system: You are a helpful assistant.
user:
Analyze the provided spectrum to determine if it is a **"Cataclysmic Variables (CV)"**.

- **Key Indicators for CV (Check for either state):**
    - **State 1: Quiescent / Low-State (Emission-Dominated)**
        - **(Primary):** Strong and *very broad* Hydrogen Balmer emission lines (e.g., $H\alpha$ at 6563 Å, $H\beta$ at 4861 Å). The 'broadness' (high velocity dispersion, often FWHM > 1000 km/s) is the key diagnostic, indicating a high-velocity accretion disk.
        - **(Secondary):** Broad neutral Helium (He I) emission lines (e.g., 5876 Å, 6678 Å).
        - **(Key Confirmation):** Presence of high-excitation *ionized* Helium (He II) emission at 4686 Å. This is a strong indicator of accretion onto a white dwarf.
        - **(Line Profile):** Emission lines may exhibit a 'double-peaked' profile, which is a classic signature of a rotating accretion disk viewed at high inclination.

    - **State 2: Outburst / High-State (Absorption-Dominated)**
        - **(Primary):** Spectrum is dominated by a bright, blue continuum (looks like a hot star).
        - **(Secondary):** The emission lines from State 1 are weak, absent, or 'filled in', and are replaced by broad, shallow *absorption* lines (primarily Balmer and He I).
        - **(Morphology):** The overall spectrum mimics a hot B/A-type star. The crucial difference is that the absorption lines are significantly broader, shallower, and more 'washed-out' (or 'smeared') than the sharp lines of a normal stellar photosphere, due to high rotational speeds and pressure broadening in the disk.

Think first, call **spectral_visualization_tool** if needed to examine features in detail, then provide your final answer. Your response must adhere to the following strict rules:
1.  **Overall Structure:** Your response must follow the format `<think>...</think> <tool_call>...</tool_call> (if a tool is used) <answer>...</answer>`.
2.  **Tool Usage Constraint:** You may only make **one** tool call per turn.
3.  **Final Answer Format:** In the `<answer>` tag, your conclusion must be inside a `\boxed{}` command (e.g., `\boxed{YES}`), followed by your justification.

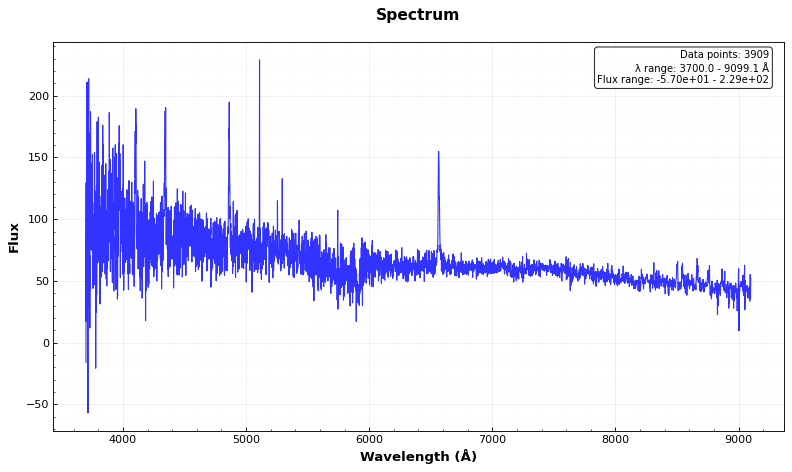
Answer: YES